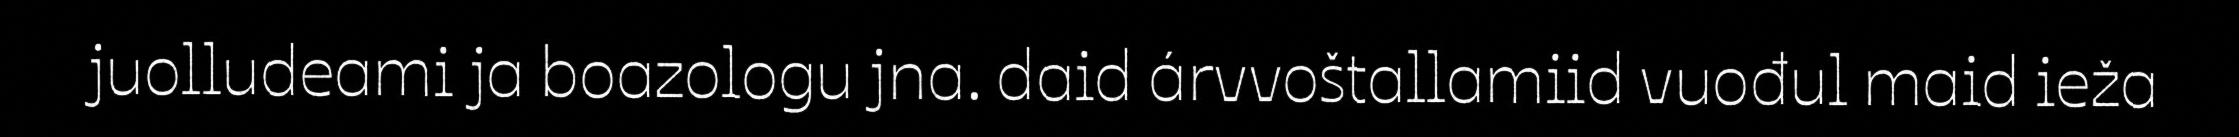
juolludeami ja boazologu jna. daid árvvoštallamiid vuođul maid ieža